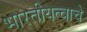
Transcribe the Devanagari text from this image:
भारतीयत्वाचे